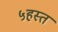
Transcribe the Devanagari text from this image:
५हस्त